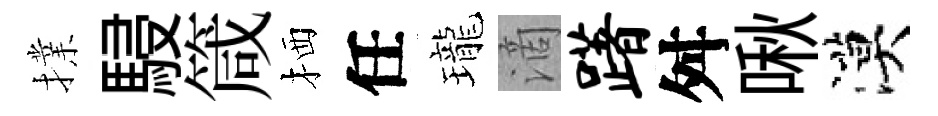
擈駸箴栖任瓏滴躇舛啾漠